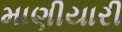
માણીયારી